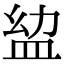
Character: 𥁒